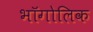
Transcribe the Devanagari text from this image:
भॉगोलिक